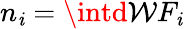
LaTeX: n_{\mathit{i}}=\intd\mathcal{{W}}F_{\mathit{i}}